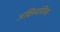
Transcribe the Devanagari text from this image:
अक्षिस्वस्तिक